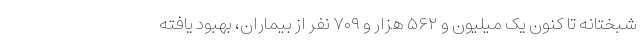
شبختانه تا کنون یک میلیون و ۵۶۲ هزار و ۷۰۹ نفر از بیماران، بهبود یافته